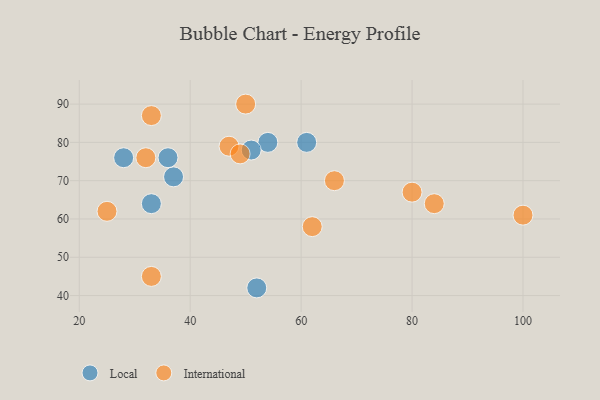
{"axis": {"x": "GDP", "y": "Life Expectancy"}, "legend": ["International", "Local"], "data": [{"x": "54", "y": 80, "type": "Local"}, {"x": "28", "y": 76, "type": "Local"}, {"x": "52", "y": 42, "type": "Local"}, {"x": "61", "y": 80, "type": "Local"}, {"x": "37", "y": 71, "type": "Local"}, {"x": "33", "y": 64, "type": "Local"}, {"x": "51", "y": 78, "type": "Local"}, {"x": "36", "y": 76, "type": "Local"}, {"x": "33", "y": 45, "type": "International"}, {"x": "100", "y": 61, "type": "International"}, {"x": "25", "y": 62, "type": "International"}, {"x": "33", "y": 87, "type": "International"}, {"x": "84", "y": 64, "type": "International"}, {"x": "47", "y": 79, "type": "International"}, {"x": "32", "y": 76, "type": "International"}, {"x": "49", "y": 77, "type": "International"}, {"x": "80", "y": 67, "type": "International"}, {"x": "62", "y": 58, "type": "International"}, {"x": "66", "y": 70, "type": "International"}, {"x": "50", "y": 90, "type": "International"}]}